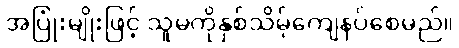
အပြုံးမျိုးဖြင့် သူမကိုနှစ်သိမ့်ကျေနပ်စေမည်။